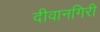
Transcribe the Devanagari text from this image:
दीवानगिरी